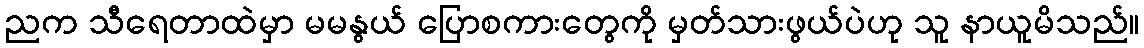
ညက သီရေတာထဲမှာ မမနွယ် ပြောစကားတွေကို မှတ်သားဖွယ်ပဲဟု သူ နာယူမိသည်။